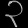
Digit: ၃